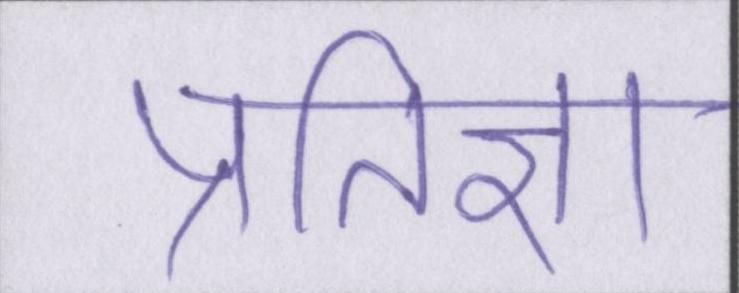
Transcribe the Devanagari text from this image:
प्रतिज्ञा